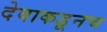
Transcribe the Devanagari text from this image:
देवाकडूनच